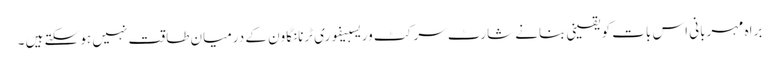
براہ مہربانی اس بات کو یقینی بنانے شارٹ سرکٹ وریسبیفوری ٹرنانگاون کے درمیان طاقت نہیں ہو سکتے ہیں ۔